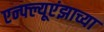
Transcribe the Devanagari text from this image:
एन्फ्ल्यूएंझाच्या